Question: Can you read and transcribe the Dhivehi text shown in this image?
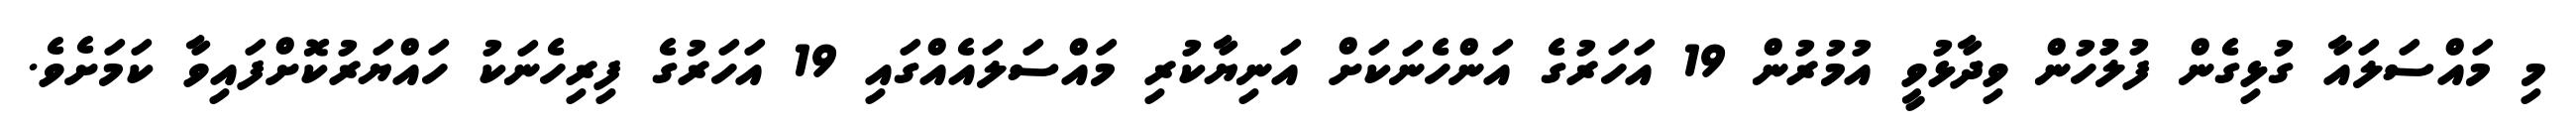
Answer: މި މައްސަލައާ ގުޅިގެން ފުލުުހުން ވިދާޅުވީ އުމުރުން 19 އަހަރުގެ އަންހެނަކަށް އަނިޔާކުރި މައްސަލައެއްގައި 19 އަހަރުގެ ފިރިހެނަކު ހައްޔަރުކޮށްފައިވާ ކަމަށެވެ.